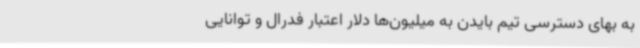
به بهای دسترسی تیم بایدن به میلیون‌ها دلار اعتبار فدرال و توانایی